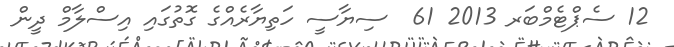
12 ސެޕްޓެމްބަރ 2013 61  ސިޔާސީ ހަތިޔާރެއްގެ ގޮތުގައި އިސްލާމް ދީން